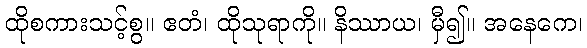
ထိုစကားသင့်စွ။ ဧတံ၊ ထိုသုရာကို။ နိဿာယ၊ မှီ၍။ အနေကေ၊